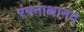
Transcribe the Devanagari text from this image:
रंगनाथानंद